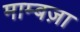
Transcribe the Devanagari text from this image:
माम्बज़ा